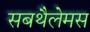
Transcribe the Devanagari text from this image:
सबथैलेमस